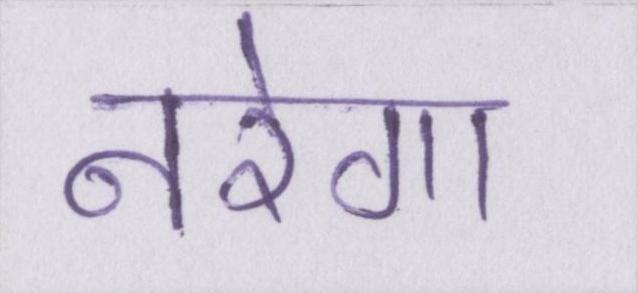
नरेगा